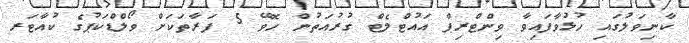
ކާނިވަލުގައި ހުޅުވާފައިވާ ވިންޓްރިޕް އައުޓްލެޓް ގުރުއަތުން ހޮވޭ 5 ފަރާތަކަށް ވޯލްޑްކަޕުގެ ކުއާޓަރ